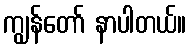
ကျွန်တော် နာပါတယ်။